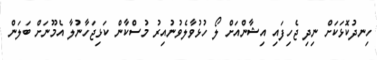
ހިނދުކޮޅަކަށް ނިދި ޖެހިފައި އިޝާންއަށް ލޯ ހުޅުވާލެވުނުއިރު މުސްކާން ކަޅިޖަހާނުލާ އެމޫނަށް ބަލަން